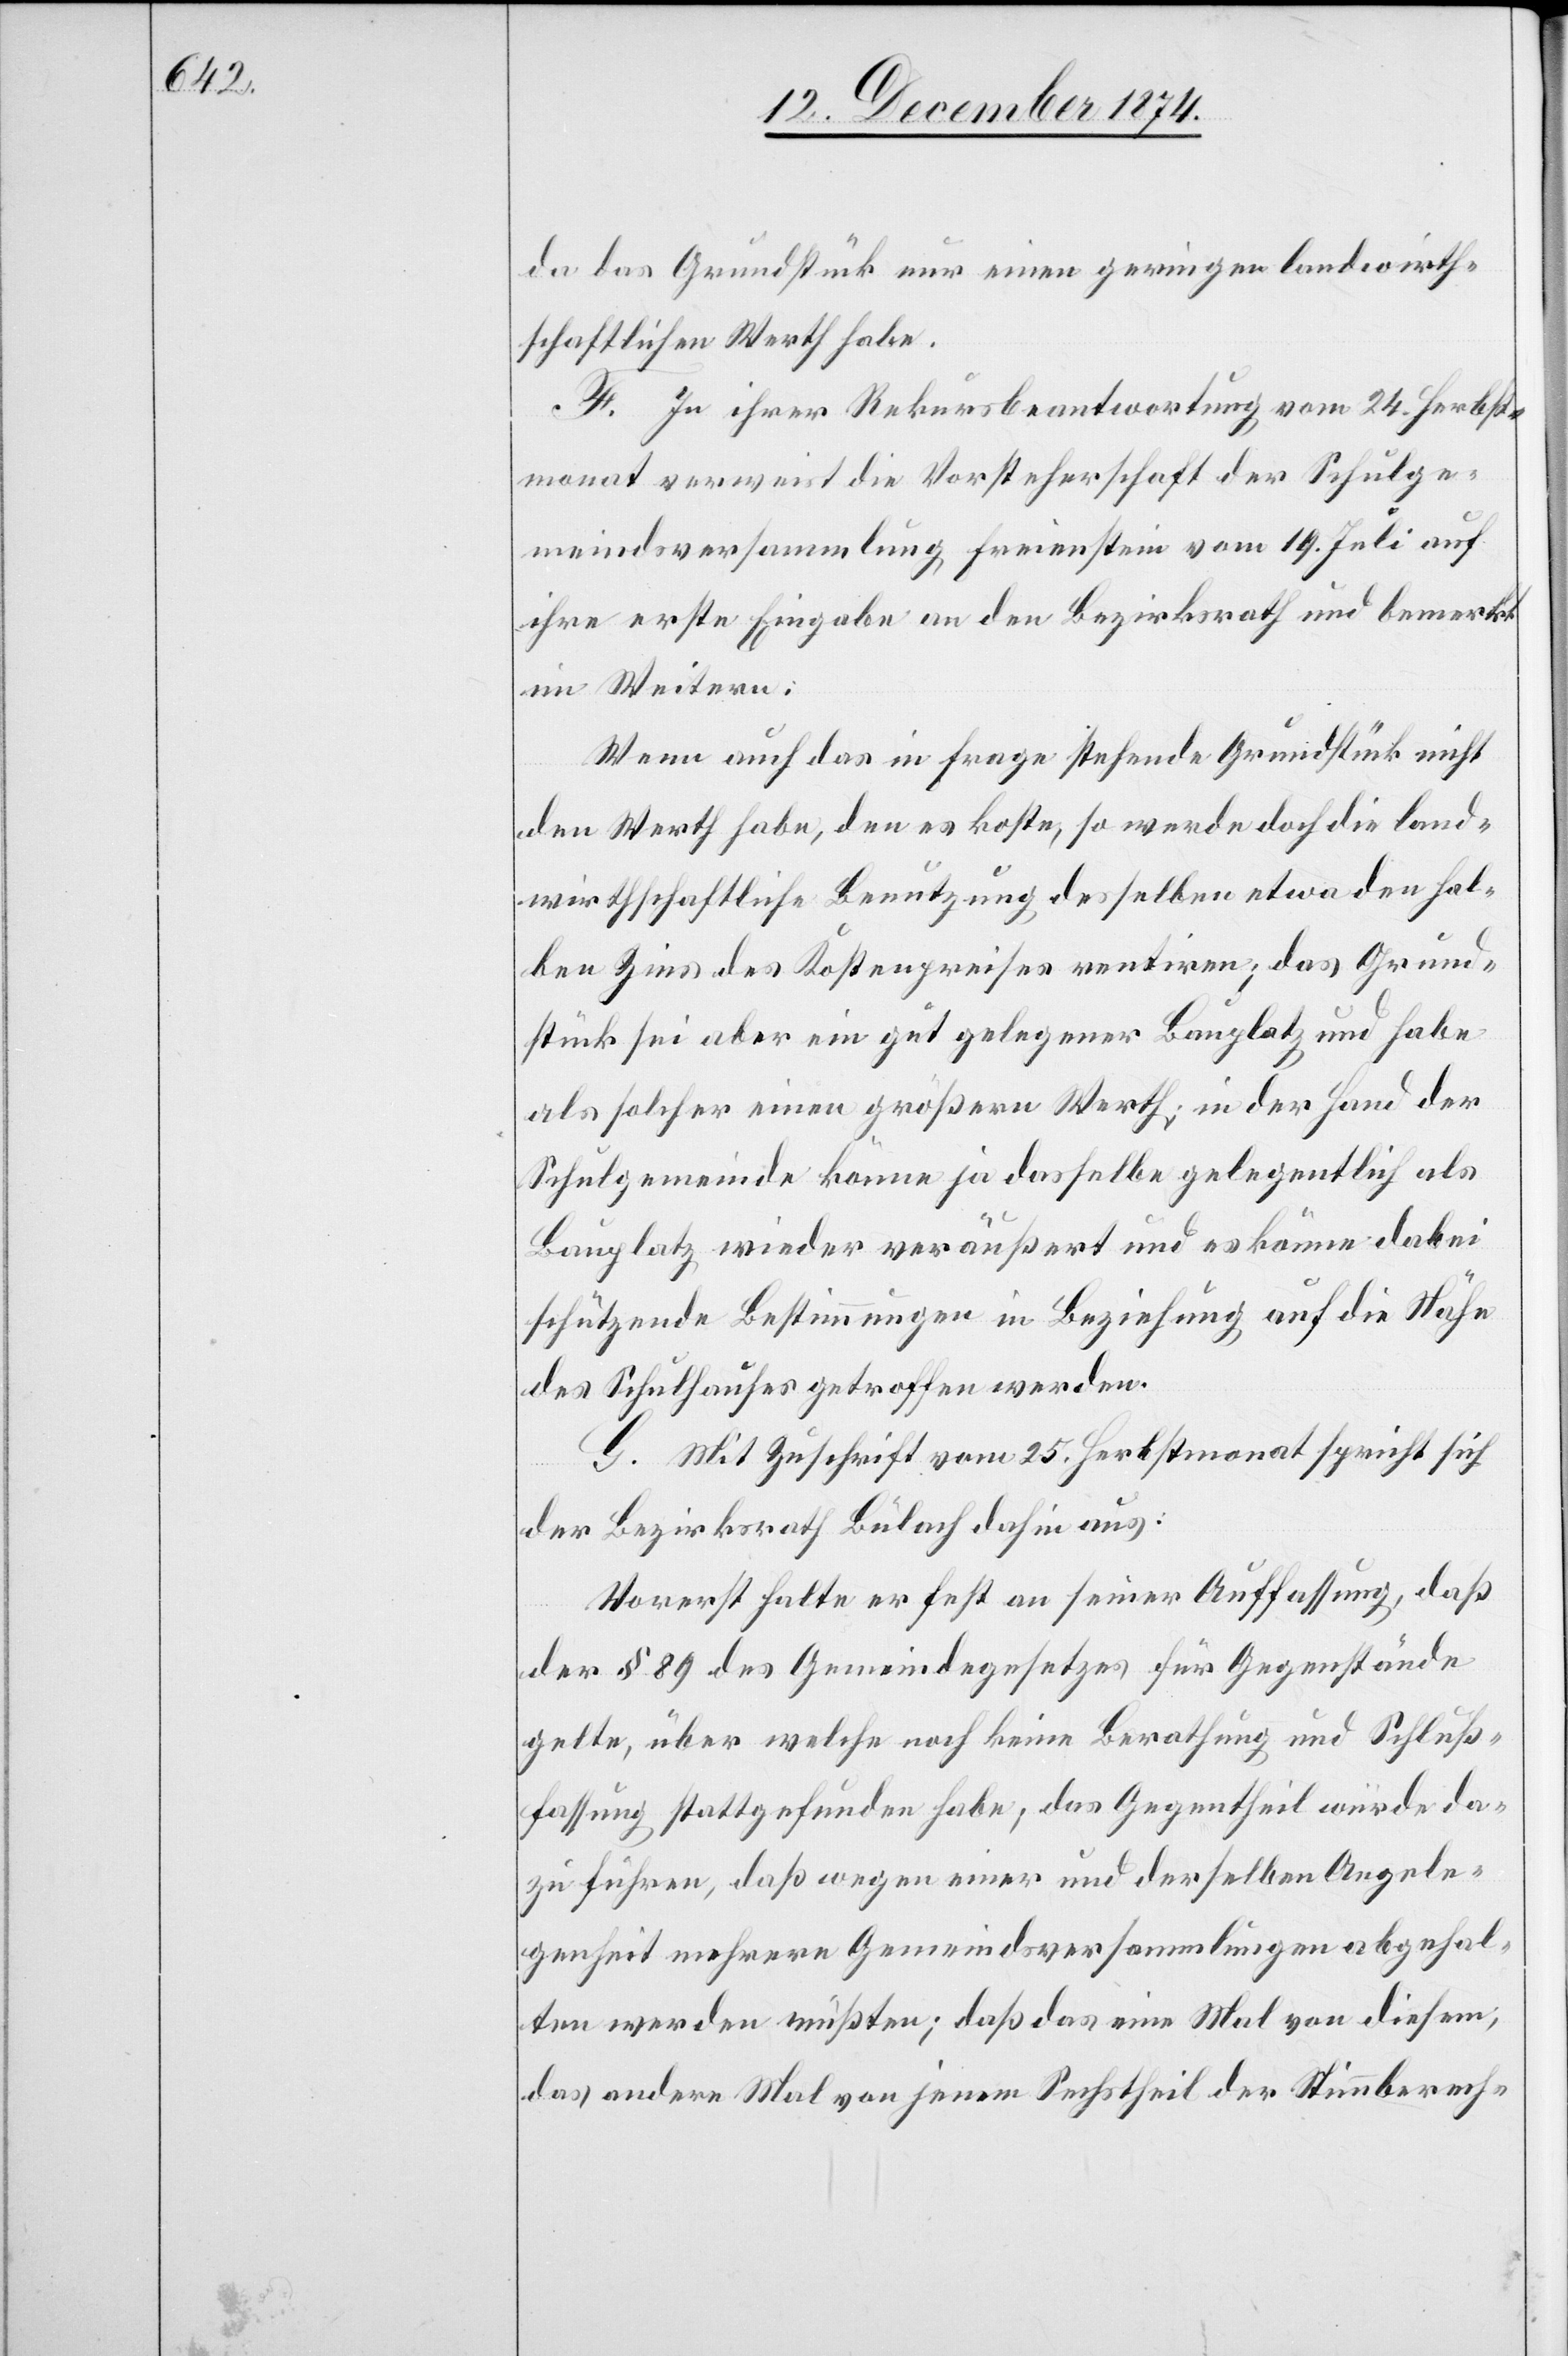
nur einen geringen landwirth¬
da das Grundstück
schaftlichen Werth habe.
F. In ihrer Rekursbeantwortung vom 24. Herbst¬
monat verweist die Vorsteherschaft der Schulge¬
meindsversammlung Freienstein vom 19. Juli auf
ihre erste Eingabe an den Bezirksrath und bemerkt
im Weitern:
Wenn auch das in Frage stehende Grundstück nicht
den Werth habe, den es koste, so werde doch die land¬
wirthschaftliche Benutzung desselben etwa den hal¬
ben Zins des Kostenpreises rentiren; das Grund¬
stück sei aber ein gut gelegener Bauplatz und habe
als solcher einen größern Werth; in der Hand der
Schulgemeinde könne ja dasselbe gelegentlich als
Bauplatz wieder veräußert und es können dabei
schützende Bestimmungen in Beziehung auf die Nähe
des Schulhauses getroffen werden.
G. Mit Zuschrift vom 25. Herbstmonat spricht sich
der Bezirksrath Bülach dahin aus:
Vorerst halte er fest an seiner Auffassung, daß
der § 89 des Gemeindegesetzes für Gegenstände
gelte, über welche noch keine Berathung und Schluß¬
fassung stattgefunden habe; das Gegentheil würde da¬
zu führen, daß wegen einer und derselben Angele¬
genheit mehrere Gemeindsversammlungen abgehal¬
ten werden müßten; daß das eine Mal von diesem,
das andere Mal von jenem Sechstheil der Stimmberech-